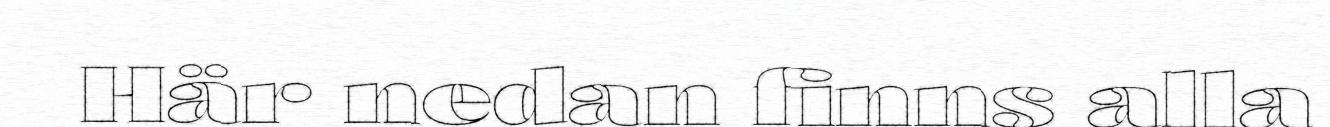
Här nedan finns alla